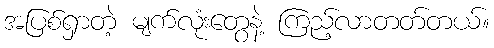
အပြစ်ရှာတဲ့ မျက်လုံးတွေနဲ့ ကြည့်လာတတ်တယ်။